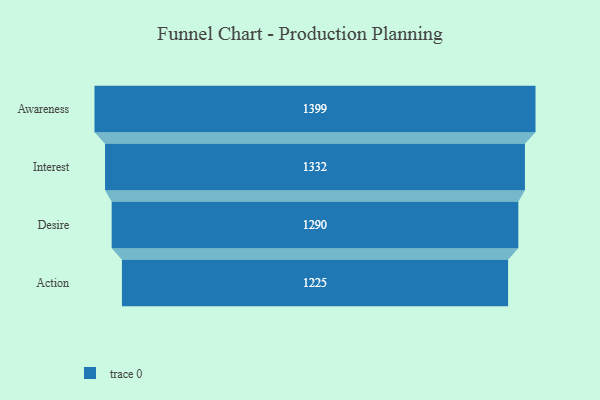
{"axis": {"x": "Stage", "y": "Value"}, "legend": [""], "data": [{"x": "Awareness", "y": 1399.0, "type": ""}, {"x": "Interest", "y": 1332.0, "type": ""}, {"x": "Desire", "y": 1290.0, "type": ""}, {"x": "Action", "y": 1225.0, "type": ""}]}